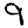
Digit: 9